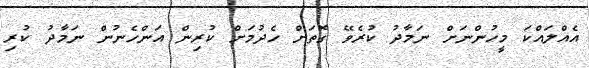
އެއްލައްކަ މީހުންނަށް ނަމާދު ކުރެވޭ ގޮތަށް ހެދުމަށް ކުރިން އަންހެނުން ނަމާދު ކުރި